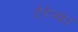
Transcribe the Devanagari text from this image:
टेरेज्का